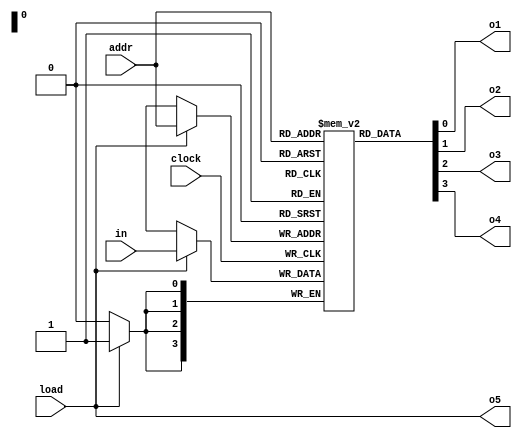
// 4 bit RAM module, 16 addresses storing 4 bit values.
module mem (input load, clock, input[3:0] in, addr, output o1, o2, o3, o4, o5);
    reg[3:0] memory[15:0];

    always @ (posedge clock)
    if (load) begin
        memory[addr] <= in;
    end

    assign o1 = memory[addr][0];
    assign o2 = memory[addr][1];
    assign o3 = memory[addr][2];
    assign o4 = memory[addr][3];
    assign o5 = load;
endmodule